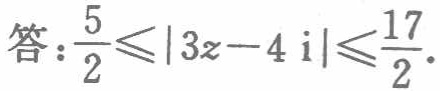
答：$\frac{5}{2}\leqslant|3z - 4\text{i}|\leqslant\frac{17}{2}$.